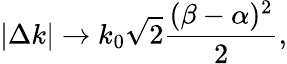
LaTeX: |\Delta k|\to k_{0}\sqrt{2}\frac{(\beta-\alpha)^{2}}{2},